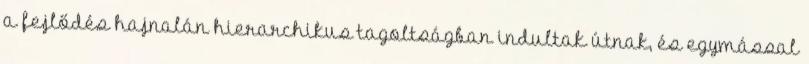
a fejlődés hajnalán hierarchikus tagoltságban indultak útnak, és egymással